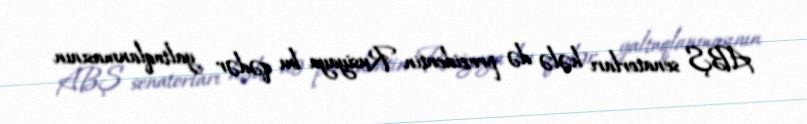
ABŞ senatorları hələ də prezidentin Rusiyaya bu qədər yaltaqlanmasının